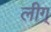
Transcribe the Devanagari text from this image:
लीग्